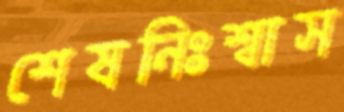
শেষনিঃশ্বাস